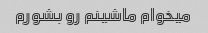
میخوام ماشینم رو بشورم